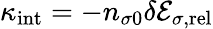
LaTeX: \kappa_{\mathrm{int}}=-n_{\sigma 0}\delta{\cal E}_{\sigma,\mathrm{rel}}